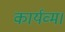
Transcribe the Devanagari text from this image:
कार्यव्म।